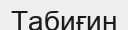
Табиғин